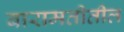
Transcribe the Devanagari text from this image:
बारामतीतील